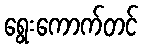
ရွေးကောက်တင်